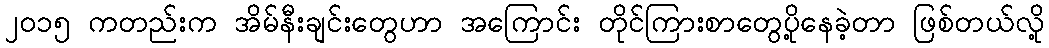
၂၀၁၅ ကတည်းက အိမ်နီးချင်းတွေဟာ အကြောင်း တိုင်ကြားစာတွေပို့နေခဲ့တာ ဖြစ်တယ်လို့